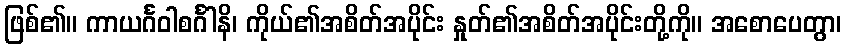
ဖြစ်၏။ ကာယင်္ဂဝါစင်္ဂါနိ၊ ကိုယ်၏အစိတ်အပိုင်း နှုတ်၏အစိတ်အပိုင်းတို့ကို။ အစောပေတွာ၊